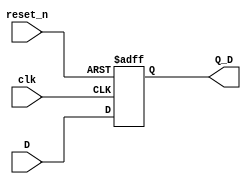
module D_ff (
input clk ,
input reset_n ,
input D ,
output reg Q_D
);

always @(posedge clk , negedge reset_n)
  begin
   if (~reset_n)
     Q_D = 1'b0 ;
   else
     Q_D = D ;
  end

endmodule